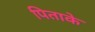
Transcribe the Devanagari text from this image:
पिताके